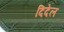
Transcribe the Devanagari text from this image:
दिदेल